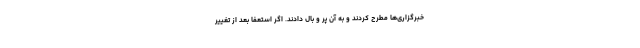
خبرگزاری‌ها مطرح کردند و به آن پر و بال دادند. اگر استعفا بعد از تغییر